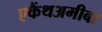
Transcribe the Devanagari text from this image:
एकैंथअमीबा